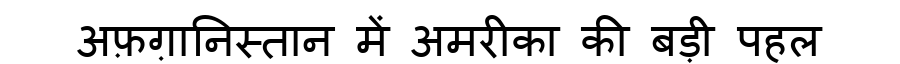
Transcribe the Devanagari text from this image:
अफ़ग़ानिस्तान में अमरीका की बड़ी पहल